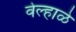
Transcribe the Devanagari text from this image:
वेल्हाळे